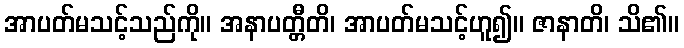
အာပတ်မသင့်သည်ကို။ အနာပတ္တီတိ၊ အာပတ်မသင့်ဟူ၍။ ဇာနာတိ၊ သိ၏။